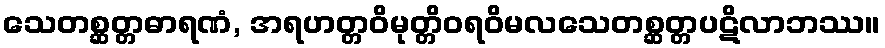
သေတစ္ဆတ္တဓာရဏံ, အရဟတ္တဝိမုတ္တိဝရဝိမလသေတစ္ဆတ္တပဋိလာဘဿ။